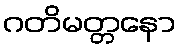
ဂတိမတ္တနော